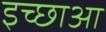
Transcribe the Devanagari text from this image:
इच्छाआ